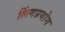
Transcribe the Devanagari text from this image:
लिंगप्रयोग